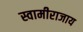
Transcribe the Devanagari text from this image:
स्वामीराजाय